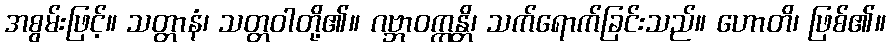
အစွမ်းဖြင့်။ သတ္တာနံ၊ သတ္တဝါတို့၏။ ဂဗ္ဘာဝက္ကန္တိ၊ သက်ရောက်ခြင်းသည်။ ဟောတိ၊ ဖြစ်၏။